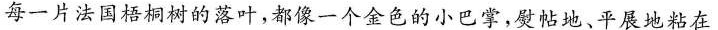
每一片法国梧桐树的落叶，都像一个金色的小巴掌，熨帖地、平展地粘在